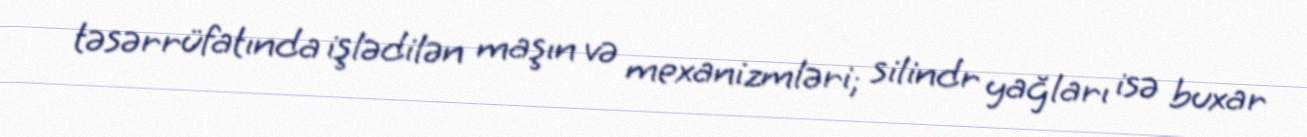
təsərrüfatında işlədilən maşın və mexanizmləri; silindr yağları isə buxar